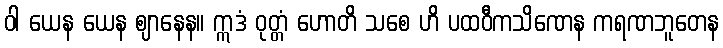
ဝါ ယေန ယေန ဈာနေန။ ဣဒံ ဝုတ္တံ ဟောတိ သစေ ဟိ ပထဝီကသိဏေန ကရဏဘူတေန